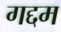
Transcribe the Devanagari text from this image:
गद्दम